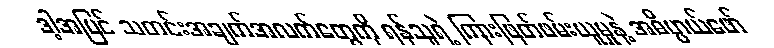
ဒါ့အပြင် သတင်းအချက်အလက်တွေကို ရန်သူရဲ့ ကြားဖြတ်ဖမ်းယူမှုနဲ့ အဓိပ္ပာယ်ဖော်